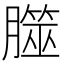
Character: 㭀